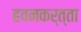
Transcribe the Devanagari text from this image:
हवनकर्त्ता